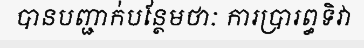
បានបញ្ជាក់បន្ថែមថាៈ ការប្រារព្ធទិវា